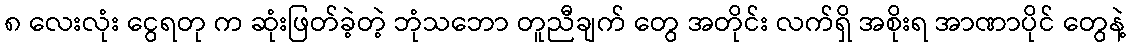
၈ လေးလုံး ငွေရတု က ဆုံးဖြတ်ခဲ့တဲ့ ဘုံသဘော တူညီချက် တွေ အတိုင်း လက်ရှိ အစိုးရ အာဏာပိုင် တွေနဲ့